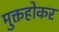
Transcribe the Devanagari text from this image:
मुक्तहोकर